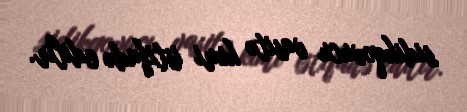
sidikqovucu vasitə kimi istifadə edilir.